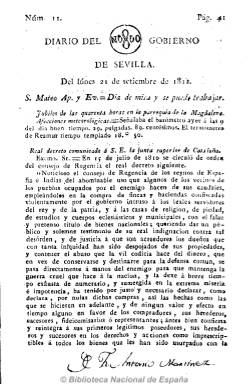
Título: Diario del Gobierno de Sevilla
Colección: Periódicos anteriores a 1850
Ámbito geográfico: Sevilla
Lugar de publicación: Sevilla
Fechas: 21/09/1812-06/08/1813

Periódico oficial del primer ayuntamiento constitucional de Sevilla, que aparece nada más abandonar las tropas francesas la ciudad hispalense, a partir del viernes, diez de septiembre de 1812. De carácter político y noticioso, tiene una tendencia templada en medio de la fuerte lucha que se libra entre serviles y liberales una vez que desaparece la autoridad militar imperial. El propio consistorio nombra como director y principal redactor del diario a Manuel de Valbuena, y como segundo redactor a José Álvarez Caballero, declarado enemigo de liberales afrancesados como Alberto Lista o José María Blanco White.

Su cabecera está partida en dos por un grabado de la ciudad (NO8DO), cuyo diseño modificará. Comienza cada entrega con el santoral, jubileo y las afecciones astronómicas, para después incluir en sus cuatro páginas noticias de la guerra de la independencia, acuerdos de las juntas provinciales y de las Cortes gaditanas o disposiciones legales, extractadas de periódicos, y que suelen ser comentadas. También publica noticias de Europa, resumidas asimismo de otros periódicos, referentes a las guerras napoleónicas. Como noticias locales inserta los precios de los productos de la Real Alhóndiga, movimientos de las embarcaciones del puerto, noticias de teatro y toros, actos religiosos y otros avisos. También publica “artículos comunicados”, cartas o correspondencia particular y algunos textos literarios, como romances y otras composiciones poéticas.

Comenzó estampándose en la imprenta de la calle del Mar, después en la de Manuel M. Álvarez y por último en la de la calle Vizcaynos, a cargo de Anastasio López. A veces no estampó pie de imprenta. Asimismo, editó algún suplemento, generalmente de una hoja.

El uno de agosto de 1813 reinicia su secuencia (numeración y paginación continuada) y tras esta fecha, en algún momento reduce su cabecera a Diario de Sevilla. Véase también este título en la colección de la Biblioteca Nacional de España. Para ambos títulos consúltese asimismo Índice bibliográfico de la Colección documental del Fraile, de Ana María Freire López (2008) o la obra sobre los periódicos españoles de la guerra de la independencia de Gil Novales (2009), además de la clásica de Gómez Ímaz (1910).